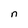
Character: n